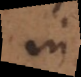
in